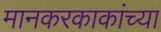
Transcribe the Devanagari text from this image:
मानकरकाकांच्या